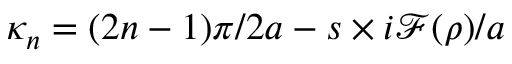
\kappa _ { n } = ( 2 n - 1 ) \pi / 2 a - s \times i \mathcal { F } ( \rho ) / a